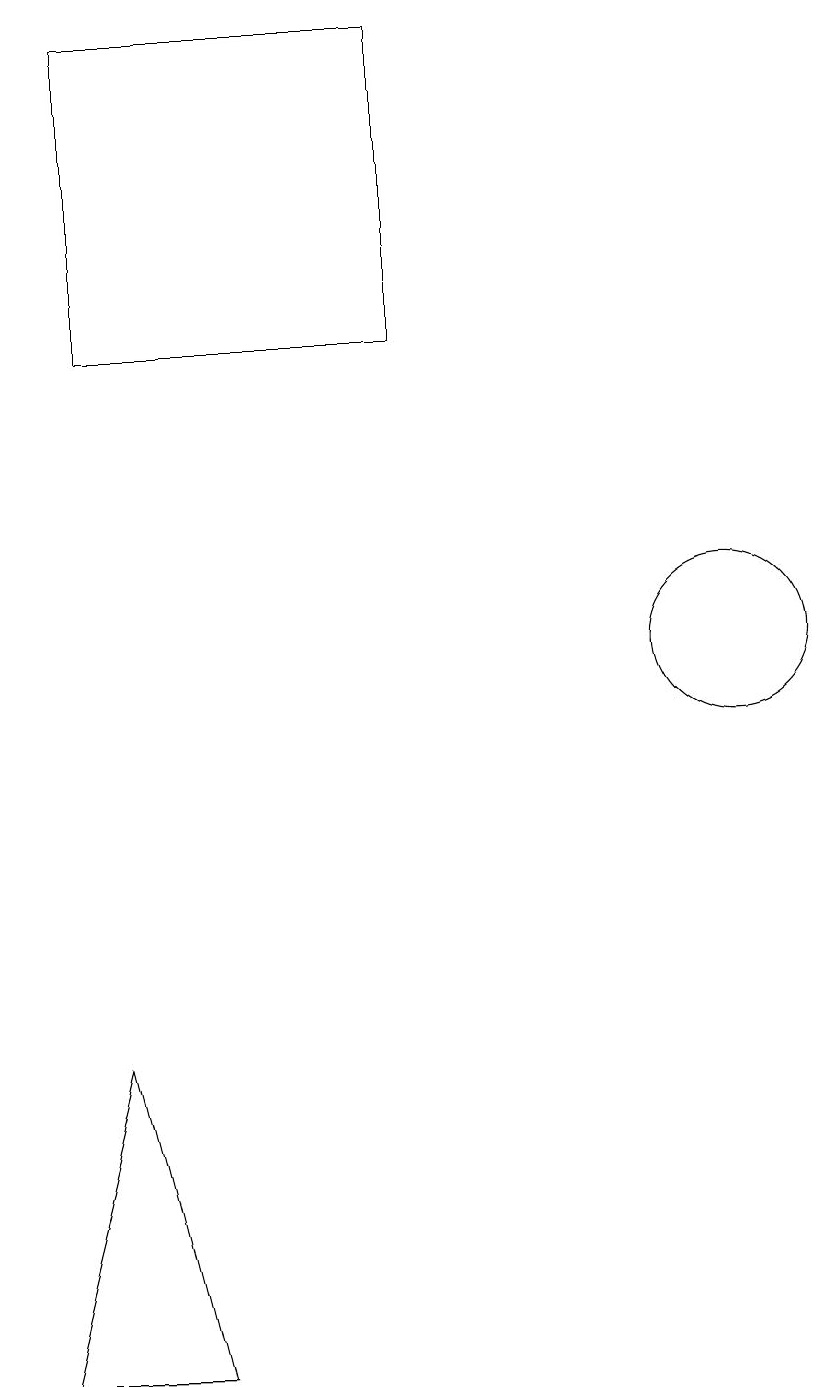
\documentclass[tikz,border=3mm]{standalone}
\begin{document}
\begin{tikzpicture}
\draw (4,19) rectangle (8,15);
\draw (12,11) circle (1);
\draw (4,6) -- (3,2) -- (5,2) -- cycle;
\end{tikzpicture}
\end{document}